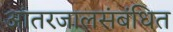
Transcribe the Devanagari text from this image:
आंतरजालसंबंधित